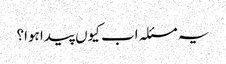
یہ مسئلہ اب کیوں پیدا ہوا؟